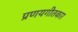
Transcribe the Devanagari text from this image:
प्रणयगीतकार